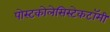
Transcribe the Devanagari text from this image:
पोस्टकोलेसिस्टेकटॉमी